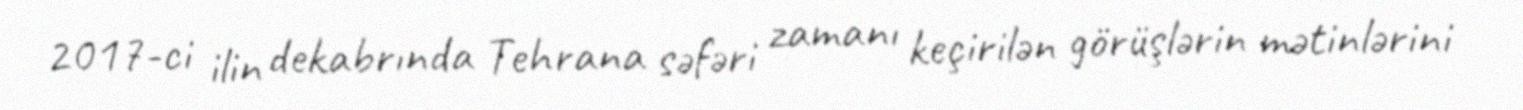
2017-ci ilin dekabrında Tehrana səfəri zamanı keçirilən görüşlərin mətinlərini